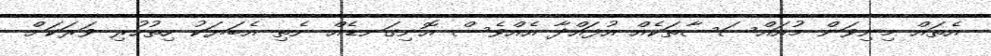
އެތައް މިނިވަން މުއައްސަސާތަކެއް އުފައްދާ އެއްވެސް އޮނިގަނޑެއް ނެތި އެބަޔަކު ހިތުހުރި ވަރަކަށް